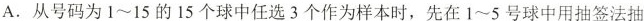
A. 从号码为1~15的15个球中任选3个作为样本时，先在1~5号球中用抽签法抽